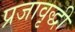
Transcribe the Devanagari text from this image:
प्रजावृद्धी